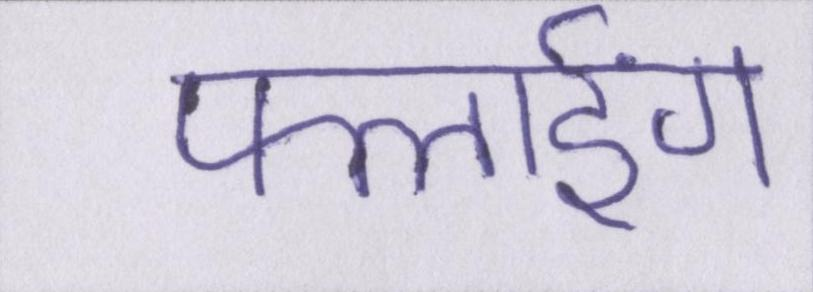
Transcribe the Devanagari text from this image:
फ्लाईंग